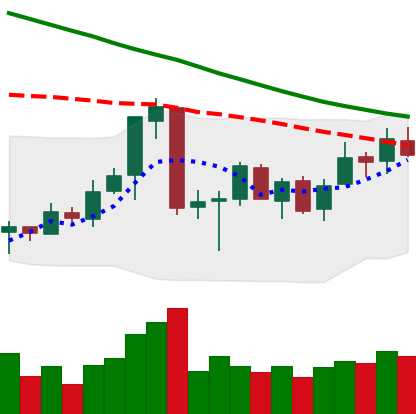
Ticker: ETC-USD
Chart end date: 2018-07-03
Forward return: 12.998%
Label: up_7plus